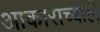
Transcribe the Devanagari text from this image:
आकाराच्याही